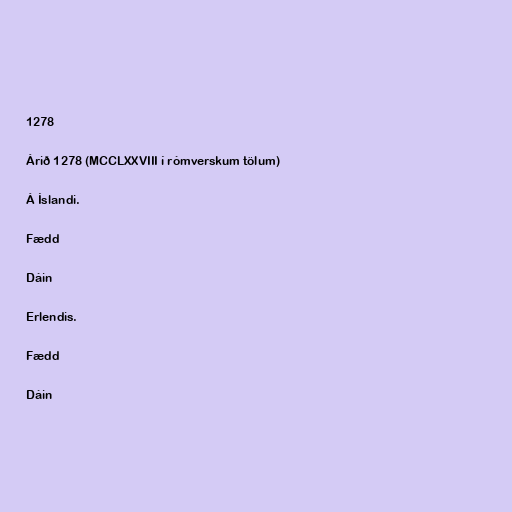
1278

Árið 1278 (MCCLXXVIII í rómverskum tölum)

Á Íslandi.

Fædd

Dáin

Erlendis.

Fædd

Dáin